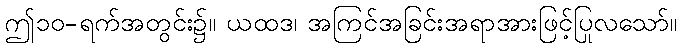
ဤ၁၀-ရက်အတွင်း၌။ ယထဒ၊ အကြင်အခြင်းအရာအားဖြင့်ပြုလသော်။